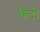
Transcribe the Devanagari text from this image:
कै़दी